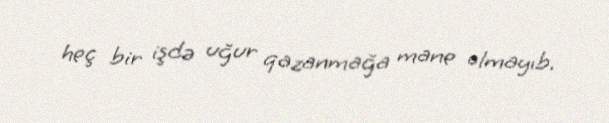
heç bir işdə uğur qazanmağa mane olmayıb.